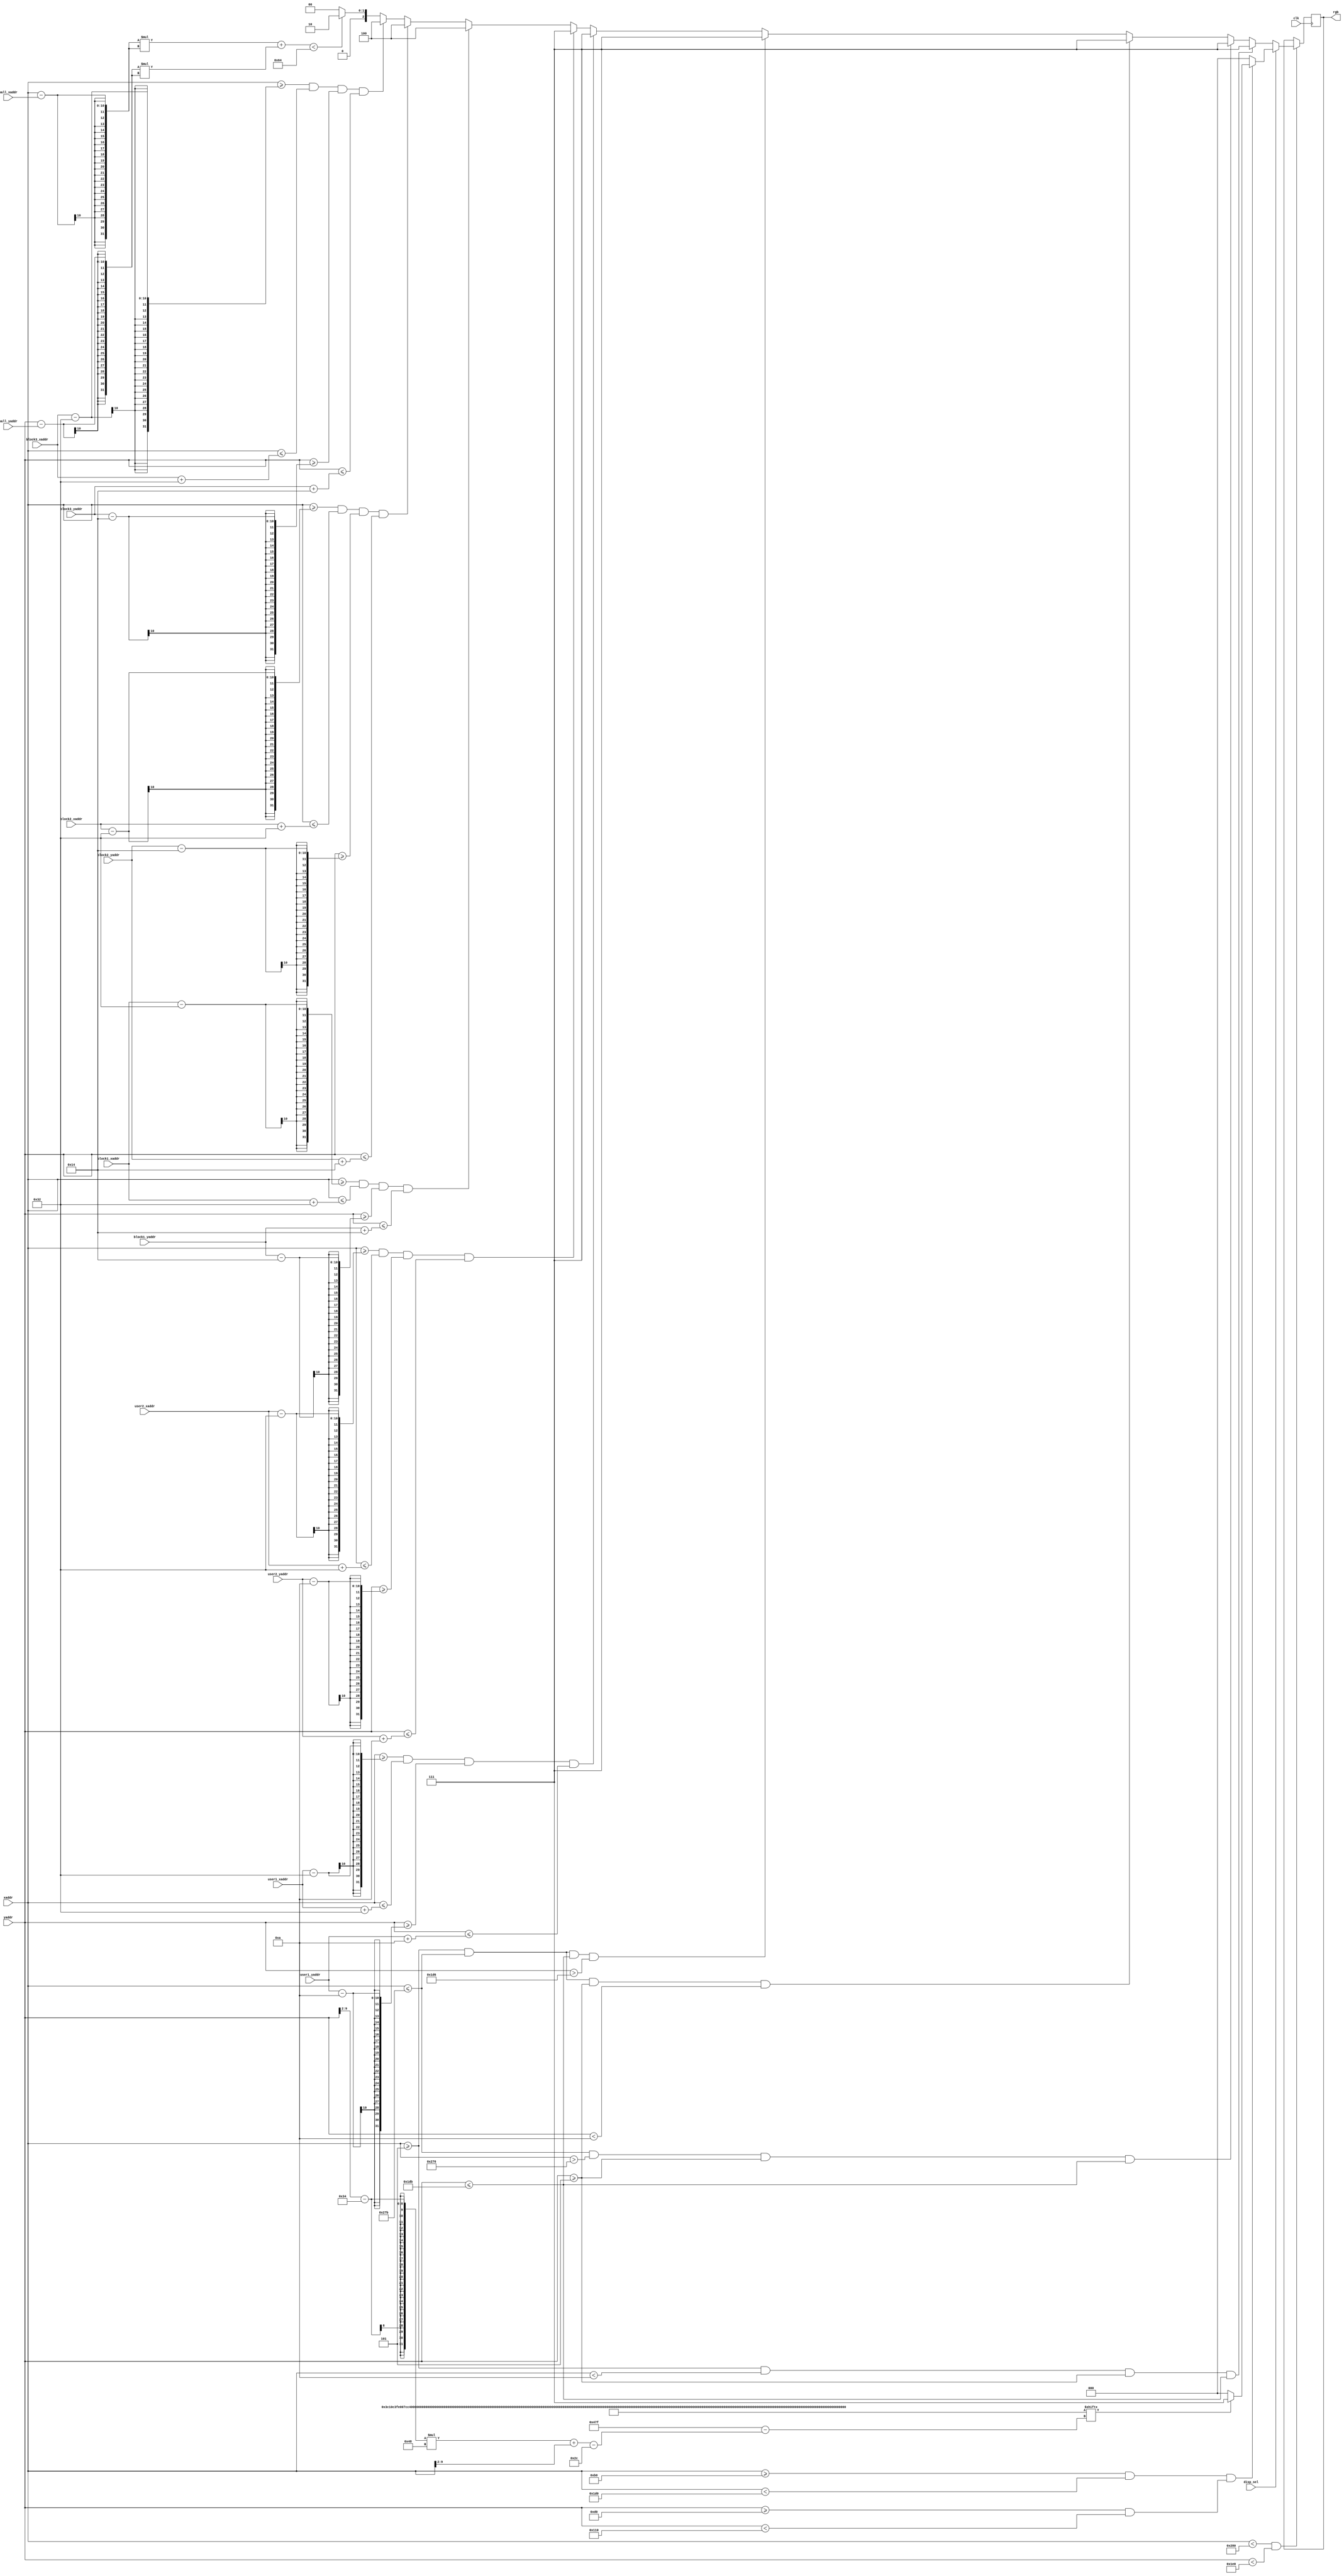
module vga_disp(
	input clk,
	input disp_sel,
	input [9:0] xaddr,
	input [9:0] yaddr,
	input [9:0] ball_xaddr,
	input [9:0] ball_yaddr,
	input [9:0] user1_xaddr,
	input [9:0] user1_yaddr,
	input [9:0] user2_xaddr,
	input [9:0] user2_yaddr,
	input [9:0] block1_xaddr,
	input [9:0] block1_yaddr,
	input [9:0] block2_xaddr,
	input [9:0] block2_yaddr,
	input [9:0] block3_xaddr,
	input [9:0] block3_yaddr,
	output reg [2:0] rgb
);

	parameter    HIGH_block = 40;
	parameter    WIDTH_block = 100;

	parameter    HIGH_user = 20;
	parameter    WIDTH_user = 100;

	wire	[0:1151] game_over;
	assign game_over[0:71]		= 72'b000000000000000000000000000000000000000000000000000000000000000000000000;
	assign game_over[72:143]	= 72'b000000000000000000000000000000000000000000000000000000000000000000000000;
	assign game_over[144:215]	= 72'b001111000001000011000011111111100000000001111100110000111111111011111100;
	assign game_over[216:287]	= 72'b011001100011100011100111011001100000000011000110110000110110011001100110;
	assign game_over[288:359]	= 72'b110000100110110011111111011000100000000011000110110000110110001001100110;
	assign game_over[360:431]	= 72'b110000001100011011111111011010000000000011000110110000110110100001100110;
	assign game_over[432:503]	= 72'b110000001100011011011011011110000000000011000110110000110111100001111100;
	assign game_over[504:575]	= 72'b110111101111111011000011011010000000000011000110110000110110100001101100;
	assign game_over[576:647]	= 72'b110001101100011011000011011000000000000011000110110000110110000001100110;
	assign game_over[648:719]	= 72'b110001101100011011000011011000100000000011000110011001100110001001100110;
	assign game_over[720:791]	= 72'b011001101100011011000011011001100000000011000110001111000110011001100110;
	assign game_over[792:863]	= 72'b001110101100011011000011111111100000000001111100000110001111111011100110;
	assign game_over[864:935]	= 72'b000000000000000000000000000000000000000000000000000000000000000000000000;
	assign game_over[936:1007]	= 72'b000000000000000000000000000000000000000000000000000000000000000000000000;
	assign game_over[1008:1079]	= 72'b000000000000000000000000000000000000000000000000000000000000000000000000;
	assign game_over[1080:1151]	= 72'b000000000000000000000000000000000000000000000000000000000000000000000000;


always@(posedge clk)begin
	if(xaddr<640 && yaddr<480)begin
		if(disp_sel==0)begin
			if(xaddr>=5 && xaddr<10 && yaddr>=5 && yaddr<=475)
				rgb<=3'b111;
			else if(xaddr<=635 && xaddr>630 && yaddr>=5 && yaddr<=475)
				rgb<=3'b111;
			else if(xaddr>=5 && xaddr<=635 && yaddr>=5 && yaddr<10)
				rgb<=3'b111;
			else if(xaddr>=5 && xaddr<=635 && yaddr<=475 && yaddr>470)
				rgb<=3'b111;			
			else if(xaddr>=user1_xaddr-WIDTH_user/2 && xaddr<=user1_xaddr+WIDTH_user/2 && yaddr>=user1_yaddr-HIGH_user/2 && yaddr<=user1_yaddr+HIGH_user/2)
				rgb<=3'b111;
			else if(xaddr>=user2_xaddr-WIDTH_user/2 && xaddr<=user2_xaddr+WIDTH_user/2 && yaddr>=user2_yaddr-HIGH_user/2 && yaddr<=user2_yaddr+HIGH_user/2)
				rgb<=3'b111;
			else if(xaddr>=block1_xaddr-WIDTH_block/2 && xaddr<=block1_xaddr+WIDTH_block/2 && yaddr>=block1_yaddr-HIGH_block/2 && yaddr<=block1_yaddr+HIGH_block/2)
				rgb<=3'b100;
			else if(xaddr>=block2_xaddr-WIDTH_block/2 && xaddr<=block2_xaddr+WIDTH_block/2 && yaddr>=block2_yaddr-HIGH_block/2 && yaddr<=block2_yaddr+HIGH_block/2)
				rgb<=3'b100;
			else if(xaddr>=block3_xaddr-WIDTH_block/2 && xaddr<=block3_xaddr+WIDTH_block/2 && yaddr>=block3_yaddr-HIGH_block/2 && yaddr<=block3_yaddr+HIGH_block/2)
				rgb<=3'b100;
			else if((xaddr-ball_xaddr)*(xaddr-ball_xaddr)+(yaddr-ball_yaddr)*(yaddr-ball_yaddr)<100)
				rgb<=3'b010;
			else
				rgb<=3'b000;
		end
		else begin
			if((xaddr>=176 && xaddr<464) && (yaddr>=208 && yaddr<272))begin
				if((game_over[(yaddr[9:2]-52)*72+xaddr[9:2]-44]==1))
					rgb<=3'b111;
				else
					rgb<=3'b000;
			end
			else
				rgb<=3'b000;
		end
	end
end


endmodule